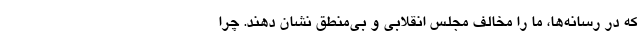
که در رسانه‌ها، ما را مخالف مجلس انقلابی و بی‌منطق نشان دهند. چرا